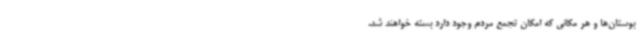
بوستان‌ها و هر مکانی که امکان تجمع مردم وجود دارد بسته خواهند شد.